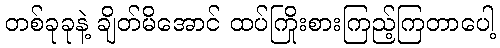
တစ်ခုခုနဲ့ ချိတ်မိအောင် ထပ်ကြိုးစားကြည့်ကြတာပေါ့